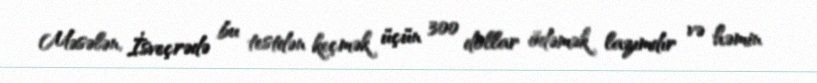
Məsələn, İsveçrədə bu testdən keçmək üçün 300 dollar ödəmək lazımdır və həmin